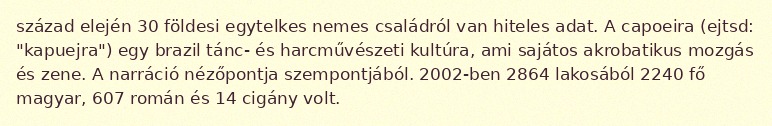
század elején 30 földesi egytelkes nemes családról van hiteles adat. A capoeira (ejtsd: "kapuejra") egy brazil tánc- és harcművészeti kultúra, ami sajátos akrobatikus mozgás és zene. A narráció nézőpontja szempontjából. 2002-ben 2864 lakosából 2240 fő magyar, 607 román és 14 cigány volt.